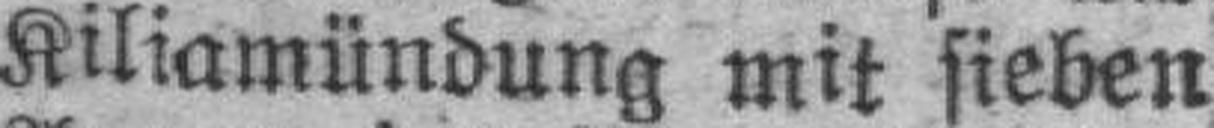
Kiliamündung mit sieben